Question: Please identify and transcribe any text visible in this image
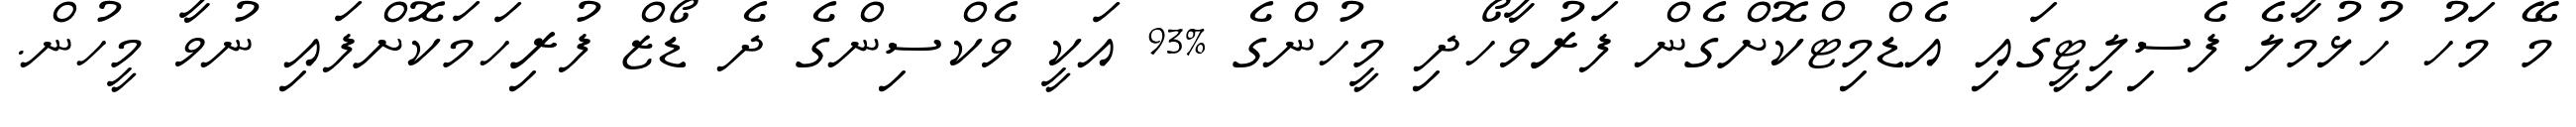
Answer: މޭ މަހު ހުޅުމާލެ ފެސިލިޓީގައި އެޑްމިޓްކޮށްގެން ފަރުވާހޯދި މީހުންގެ %93 އަކީ ވެކްސިންގެ ދެ ޑޯޒް ފުރިހަމަކޮށްފައި ނުވާ މީހުން.